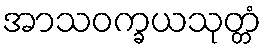
အာသဝက္ခယသုတ္တံ